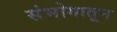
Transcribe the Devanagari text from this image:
संभोगातून